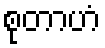
စုတာဟံ